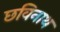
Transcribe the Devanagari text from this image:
छविनाथ